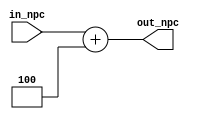
//PC
//inputin_npc(PC)
//output:out_npc(4)

module NPC(
    input [31:0] in_npc,
    output [31:0] out_npc
);

    assign out_npc=in_npc+4;
endmodule